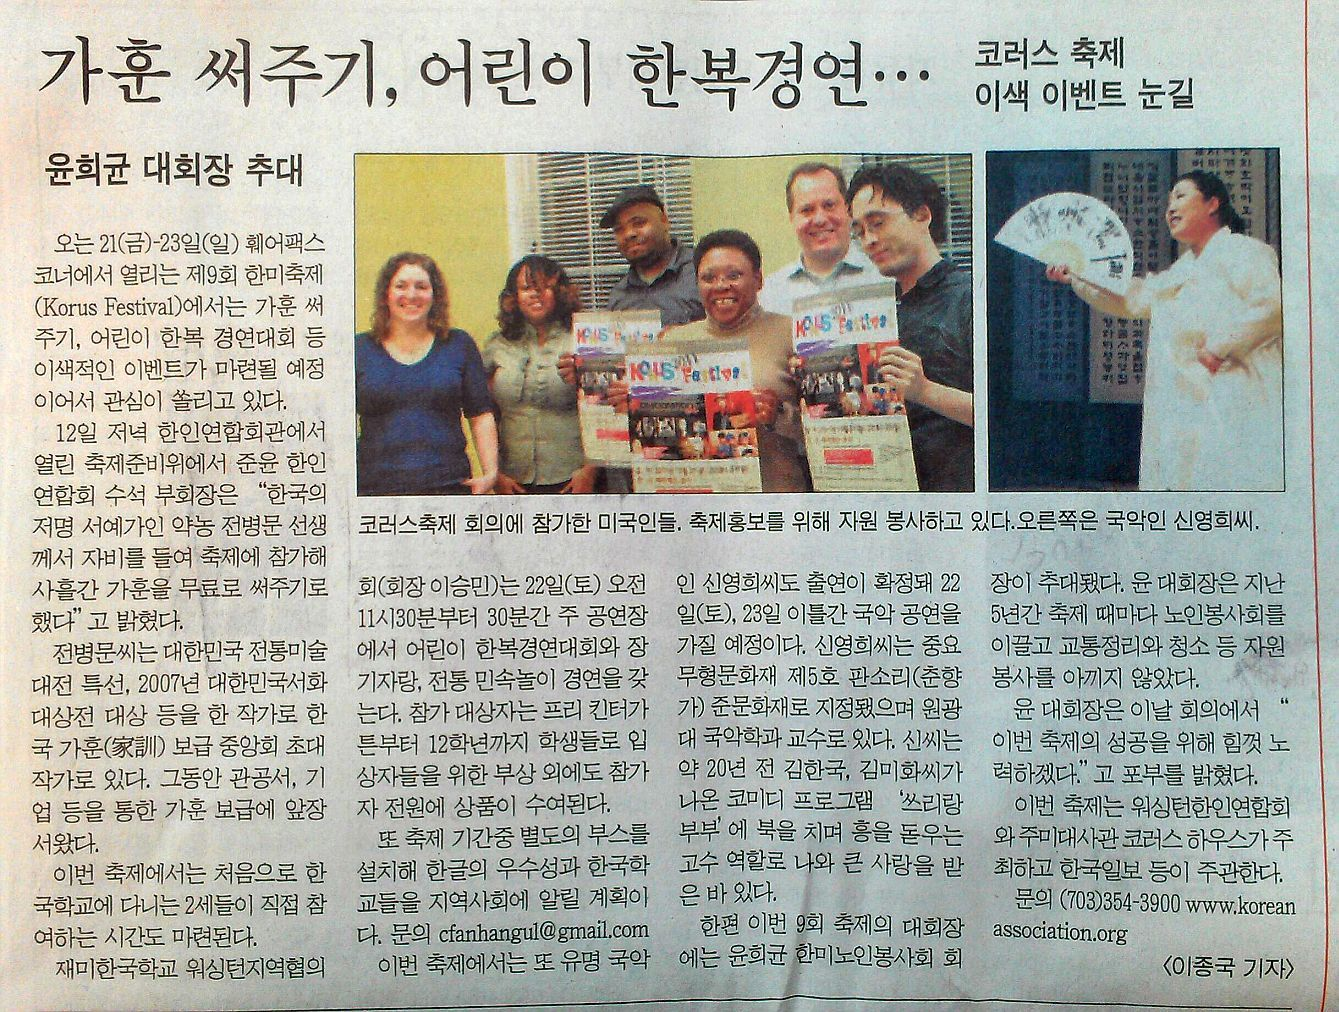
Language: ko